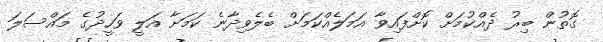
ގޮތުން ބިރު ދެއްކުމަށް ކޮށްފައިވާ އަމަލެއްކަމަށް ބެލެވިދާނެ ކަމަށާ އަލީ ވަހީދުގެ މައްސަލަ